Lunatic asylums Bombay report 1891-1903 - 1891-1903
Year: 1891
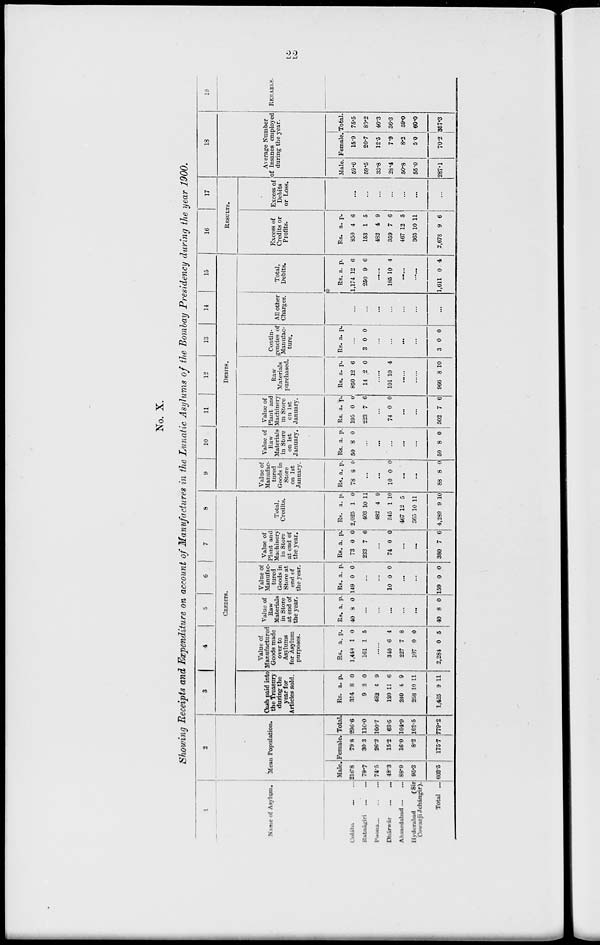
22
No. X.
Showing Receipts and Expenditure on account of Manufactures in the Lunatic Asylums of the Bombay Presidency during the year 1900.
1
Name of Asylum.
Colába
...
...
Ratnágiri
...
...
Poona ...
...
...
Dhárwár
...
...
Ahmedabad
...
...
Hyderabad
(Sir
Cowasji Jehángir).
Total ...
2
Mean Population.
Male.
216.8
79.7
74.5
48.3
88.9
95.3
603.5
Female.
79.8
30.3
26.2
15.2
16.0
8.2
175.7
Total.
296.6
110.0
100.7
63.5
104.9
103.5
779.2
3 4
5
6
7
8
CREDITS.
Cash paid into
the Treasury
during the
year for
Articles sold.
Rs.
314
9
482
120
240
258
1,425
a.
8
2
4
11
4
10
9
p.
0
0
9
6
9
11
11
Value of
Manufactured
Goods made
over to
Asylums
for Asylum
purposes.
Rs.
1,443
161
a.
1
1
p.
0
5
........
340
227
107
2,284
6
7
0
0
4
8
0
5
Value of
Raw
Materials
in Store
at end of
the year.
Rs.
40
a
8
p.
0
...
...
...
...
...
40 8 0
Value of
Manufac-
tured
Goods in
Store at
end of
the year.
Rs.
149
a.
0
p.
0
...
...
10 0 0
...
...
159 0 0
Value of
Plant and
Machinery
in Store
at end of
the year.
Rs.
73
233
a.
0
7
p.
0
6
...
74 0 0
...
...
380 7 6
Total.
Credits.
Rs.
2,025
403
482
545
467
365
4,289
a.
1
10
4
1
12
10
9
p.
0
11
9
10
5
11
10
9
10 11 12 13 14 15
DEBITS.
Value of
Manufac-
tured
Goods in
Store
on 1st
January.
Rs.
78
a.
8
p.
0
...
...
10 0 0
..
...
88 8 0
Value of
Raw-
Materials
in Store
on 1st
January.
Rs.
50
a.
8
p.
0
...
...
...
...
...
50 8 0
Value of
Plant and
Machinery
in Store
en 1st
January.
Rs.
195
223
a.
0
7
p.
0
6
...
74 0 0
...
...
502 7 6
Raw
Materials
purchased.
Rs.
850
14
a.
12
2
p.
6
0
......
101 10 4
......
......
966 8 10
Contin-
gencies of
Manufac-
ture.
Rs. a. p.
...
3 0 0
...
...
...
...
3 0 0
All other
Charges.
...
...
...
...
...
...
...
Total,
Debits.
Rs.
1,174
250
a.
12
9
p.
6
6
.......
185 10 4
.......
.
1,611 0 4
16
17
RESULTS.
Excess of
Credits or
Profits.
Rs.
850
153
482
359
467
365
2,678
a.
4
1
4
7
12
10
9
p.
6
5
9
6
5
11
6
Excess of
Debits
or Loss.
...
...
...
...
...
...
...
18
Average Number
of Insanes employed
during the year.
Male.
59.6
59.5
33.8
28.4
50.8
55.0
287.1
Female.
15.9
20.7
12.5
7.9
8.2
5.0
70.2
Total.
75.5
80.2
46.3
36.3
59.0
60.0
357.3
19
REMARKS.